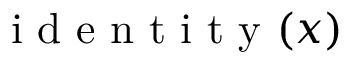
\mathrm { ~ i ~ d ~ e ~ n ~ t ~ i ~ t ~ y ~ } ( x )